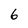
Character: 6